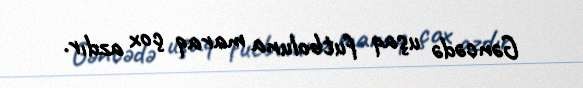
Gəncədə uşaq futboluna maraq çox azdır.